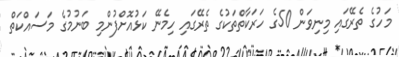
މަހުގެ ތެރޭގައި މިނިވަން 50ގެ ހަރަކާތްތަކުގެ ތެރޭގައި ހިމެނޭ ކަޅުއޮށްފުންމި ބަނުމުގެ މަސައްކަތް